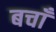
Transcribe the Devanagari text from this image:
बचाँ